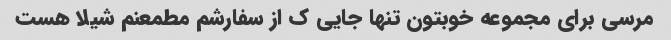
مرسی برای مجموعه خوبتون تنها جایی ک از سفارشم مطمعنم شیلا هست